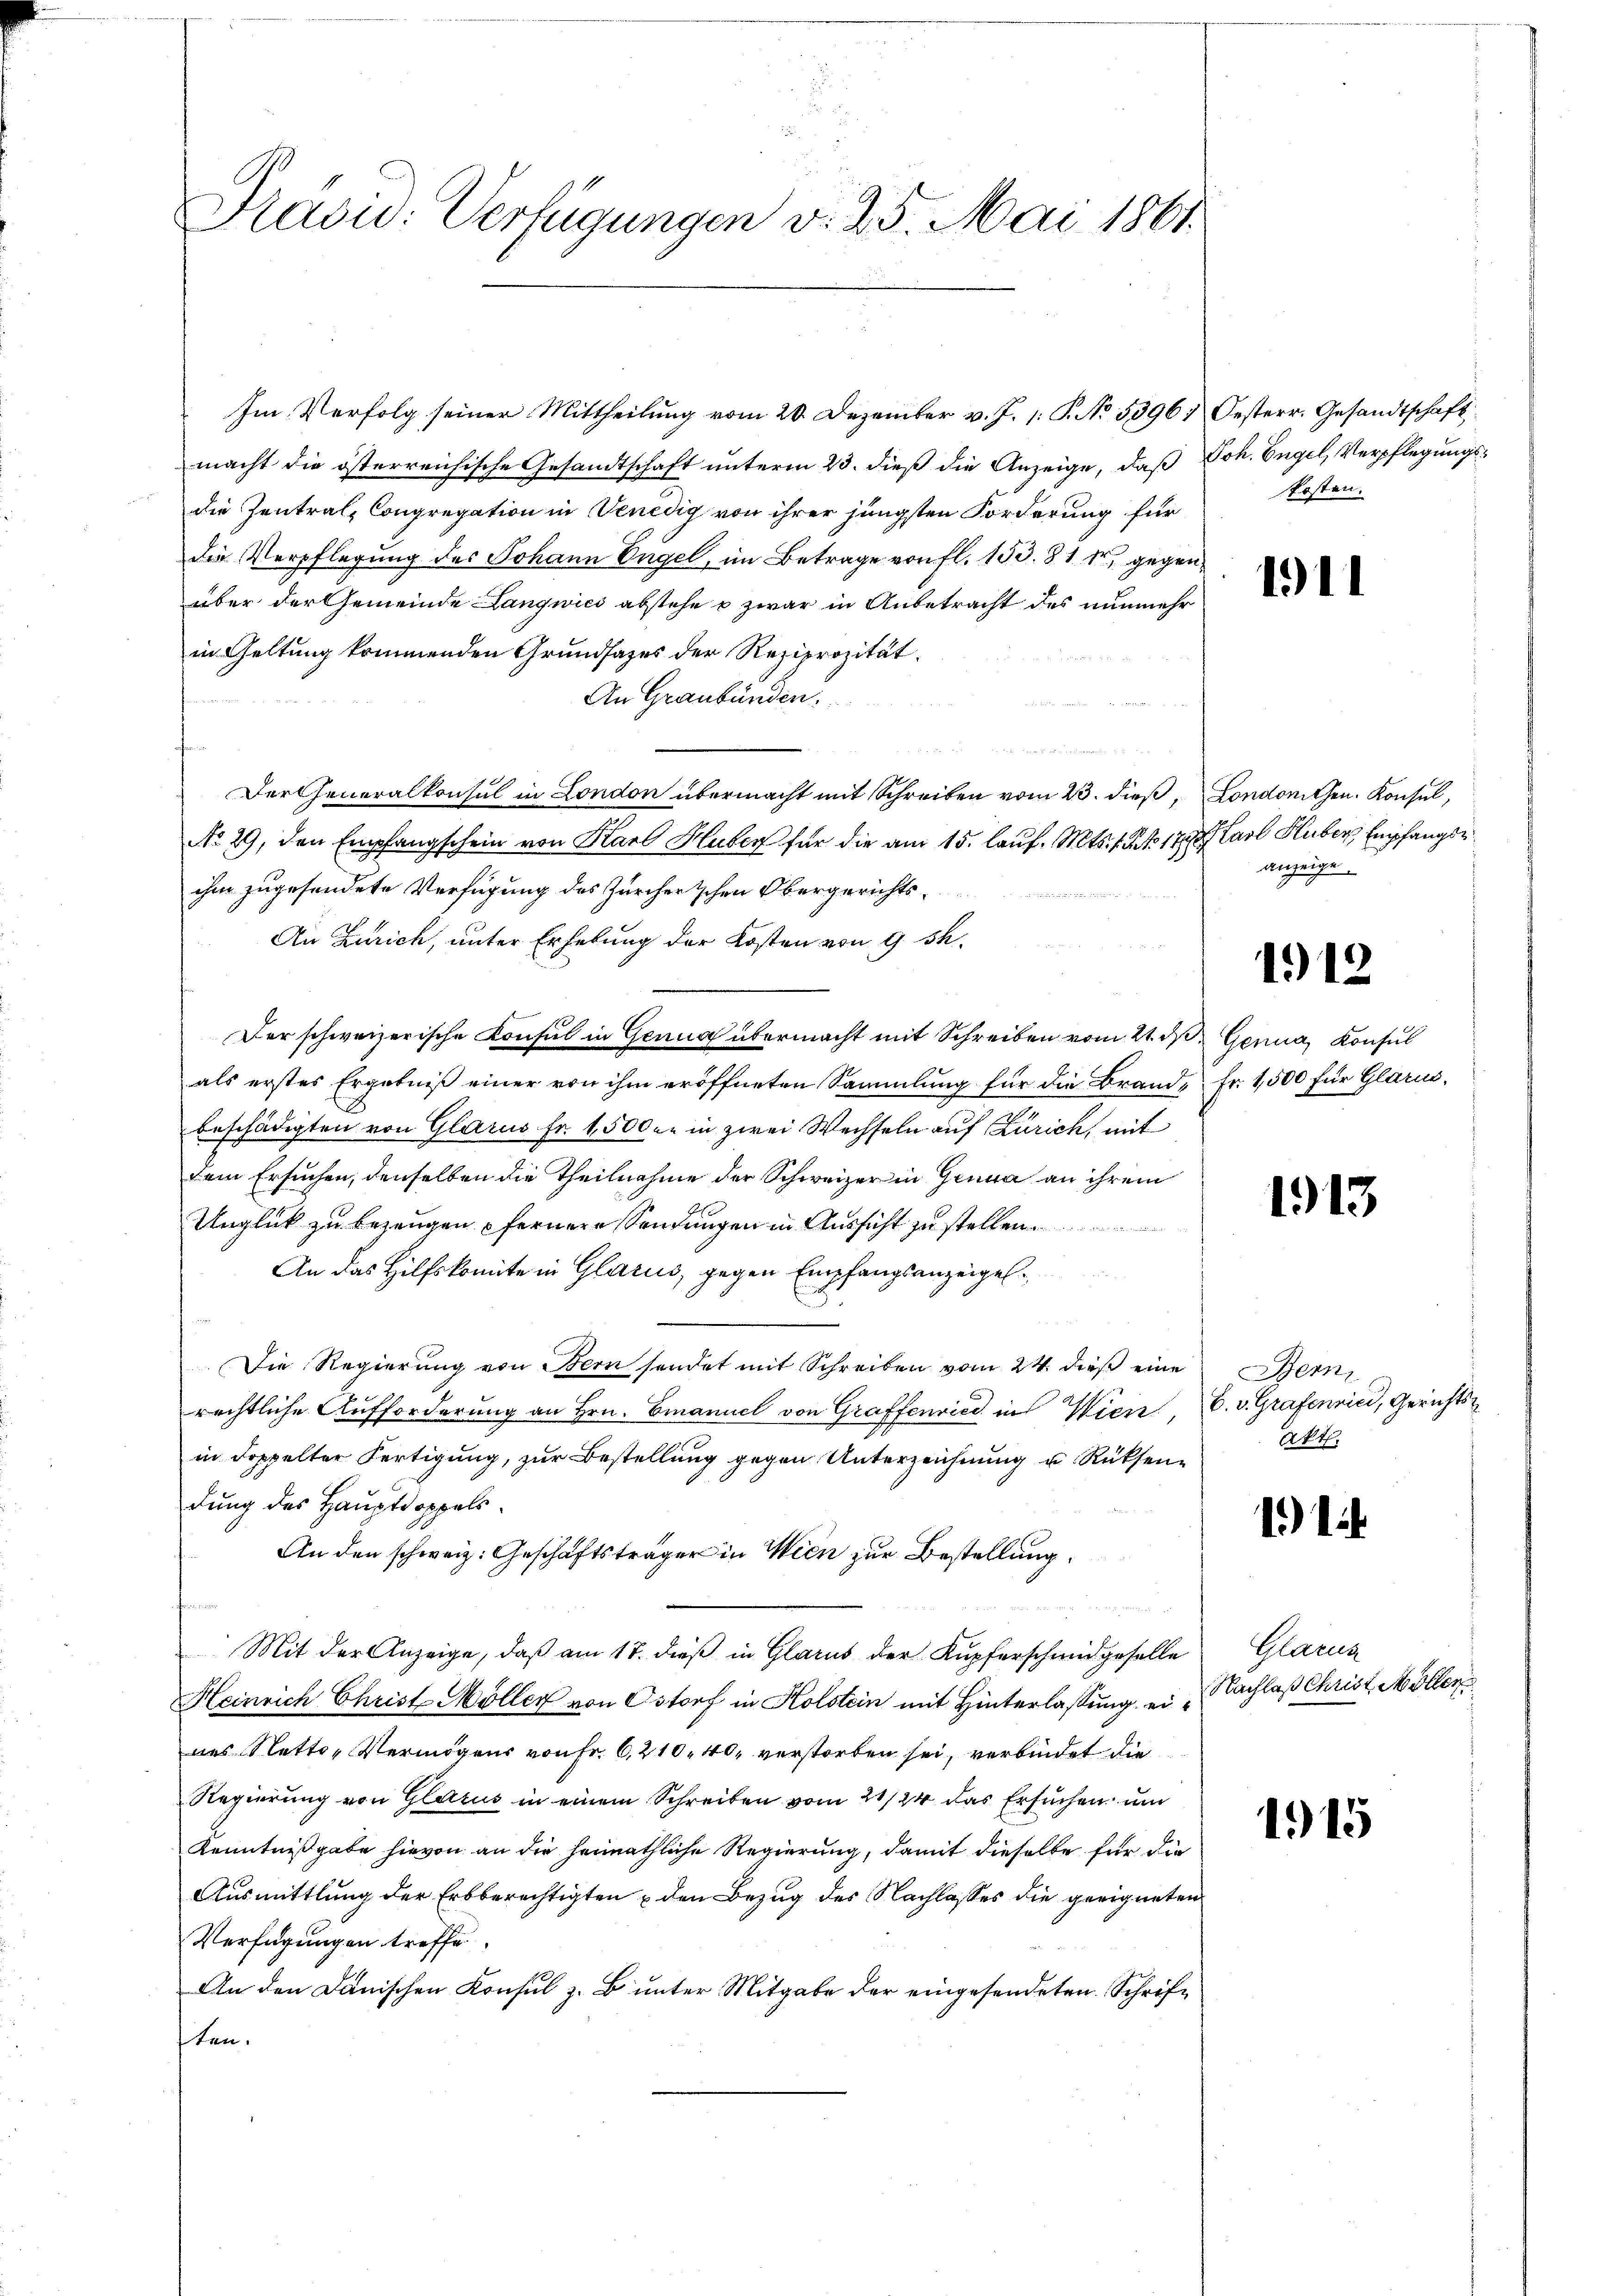
Pavid: Verfügungen v. 25. Mai 1861.

Im Verfolg seiner Mittheilung vom 20. Dezember v. J. 1: P. No. 53961 Oesterr. Gesandtschaft
macht die österreichische Gesandtschaft unterm 23. dieß die Anzeige, daß Joh. Engel, Verpflegungsdie Zentral-Congregation in Venedig von ihrer jüngsten Forderung für
die Verpflegung des Johann Engel, im Betrage von fl. 153. 81 Fr. gegen
über der Gemeinde Langwies abstehe u zwar in Anbetracht des nunmehr
in Geltung kommenden Grundsazes der Reziprozität.
An Graubünden.
un
Der Generalkonsul in London übermacht mit Schreiben vom 23. dieß Londonischen. Konsul,
No 29, den Empfangschein von Karl Huber für die am 15. lauf. Mts. 1. Frk. 1789
ihm zugesendete Verfügung des Zürcherischen Obergerichts¬

An Zürich, unter Erhebung der Kosten von 9 s.
Der schweizerische Konsul in Genug übermacht mit Schreiben vom 21. ds. Genua, Konsul
als erstes Ergebniß einer von ihm eröffneten Sammlung für die Brand, Fr. 1,500 für Glarus,
beschädigten von Glarus Fr. 1500 er in zwei Wechseln auf Zürich, mit
dem Ersuchen, denselben die Theilnahme der Schweizer in Genua an ihrem
Unglück zu bezeugen fernere Sendungen in Aussicht zu stellen
An das Hilfskomite in Glarus, gegen Empfangsanzeigel.
Die Regierŭng von Bern sendet mit Schreiben vom 24. dieβ eine Bern,
rechtliche Aufforderung an Hrn. Emanuel von Graffenried in Wien, 6. v. Grafenrici, Gerichts
in Doppelter Fertigung, zur Bestellung gegen Unterzeichnung u. Rücksendung des Hauptdoppels
An den schweiz. Geschäftsträger in Wien zur Bestellung.
Mit der Anzeige, daß am 17. dieß in Glarus der Kupferschmid geselle
Heinrich Christ Möller von Ostorf in Holstein mit Hinterlassung ein Nachlaß Christ, Möllernes Netto- Vermögens von Fr. 6,210. 40, verstorben sei, verbindet die
Regierung von Glarus in einem Schreiben vom 21/24 das Ersuchen um
Kenntnißgabe hievon an die heimathliche Regierung, damit dieselbe für die
Ausmittlung der Erbberechtigten den Bezug des Nachlasses die geeigneten
Verfügungen treffe
An den Danischen Konsul z. B. unter Mitgabe der eingesendeten Schriften.

kosten.

1911

Karl Hluber, Empfangse
anzeige.

112

1913

Akt.

1)

Glarus

1915